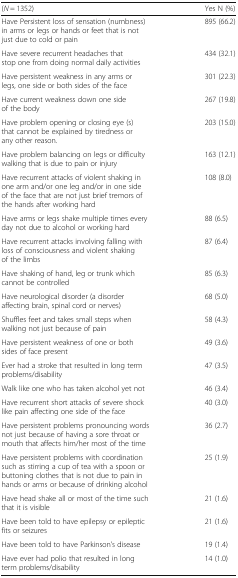
<table><thead><tr><td><b>(<i>N</i> = 1352)</b></td><td><b>Yes N (%)</b></td></tr></thead><tbody><tr><td>Have Persistent loss of sensation (numbness) in arms or legs or hands or feet that is not just due to cold or pain</td><td>895 (66.2)</td></tr><tr><td>Have severe recurrent headaches that stop one from doing normal daily activities</td><td>434 (32.1)</td></tr><tr><td>Have persistent weakness in any arms or legs, one side or both sides of the face</td><td>301 (22.3)</td></tr><tr><td>Have current weakness down one side of the body</td><td>267 (19.8)</td></tr><tr><td>Have problem opening or closing eye (s) that cannot be explained by tiredness or any other reason.</td><td>203 (15.0)</td></tr><tr><td>Have problem balancing on legs or difficulty walking that is due to pain or injury</td><td>163 (12.1)</td></tr><tr><td>Have recurrent attacks of violent shaking in one arm and/or one leg and/or in one side of the face that are not just brief tremors of the hands after working hard</td><td>108 (8.0)</td></tr><tr><td>Have arms or legs shake multiple times every day not due to alcohol or working hard</td><td>88 (6.5)</td></tr><tr><td>Have recurrent attacks involving falling with loss of consciousness and violent shaking of the limbs</td><td>87 (6.4)</td></tr><tr><td>Have shaking of hand, leg or trunk which cannot be controlled</td><td>85 (6.3)</td></tr><tr><td>Have neurological disorder (a disorder affecting brain, spinal cord or nerves)</td><td>68 (5.0)</td></tr><tr><td>Shuffles feet and takes small steps when walking not just because of pain</td><td>58 (4.3)</td></tr><tr><td>Have persistent weakness of one or both sides of face present</td><td>49 (3.6)</td></tr><tr><td>Ever had a stroke that resulted in long term problems/disability</td><td>47 (3.5)</td></tr><tr><td>Walk like one who has taken alcohol yet not</td><td>46 (3.4)</td></tr><tr><td>Have recurrent short attacks of severe shock like pain affecting one side of the face</td><td>40 (3.0)</td></tr><tr><td>Have persistent problems pronouncing words not just because of having a sore throat or mouth that affects him/her most of the time</td><td>36 (2.7)</td></tr><tr><td>Have persistent problems with coordination such as stirring a cup of tea with a spoon or buttoning clothes that is not due to pain in hands or arms or because of drinking alcohol</td><td>25 (1.9)</td></tr><tr><td>Have head shake all or most of the time such that it is visible</td><td>21 (1.6)</td></tr><tr><td>Have been told to have epilepsy or epileptic fits or seizures</td><td>21 (1.6)</td></tr><tr><td>Have been told to have Parkinson’s disease</td><td>19 (1.4)</td></tr><tr><td>Have ever had polio that resulted in long term problems/disability</td><td>14 (1.0)</td></tr></tbody></table>